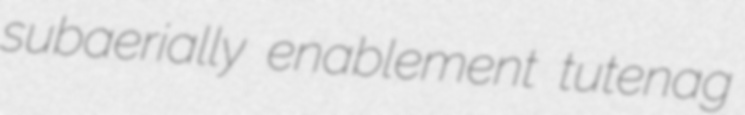
subaerially enablement tutenag